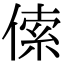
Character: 𠋲